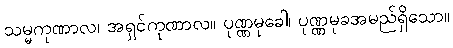
သမ္မကုဏာလ၊ အရှင်ကုဏာလ။ ပုဏ္ဏမုခေါ၊ ပုဏ္ဏမုခအမည်ရှိသော။